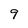
Character: 9